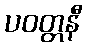
ပဝတ္တနီ